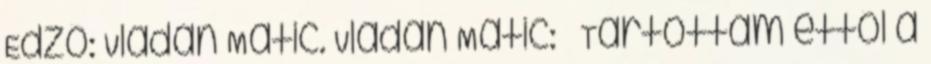
Edző: Vladan Matic. Vladan Matic: – Tartottam ettől a